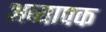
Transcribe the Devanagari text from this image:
अव्यापक